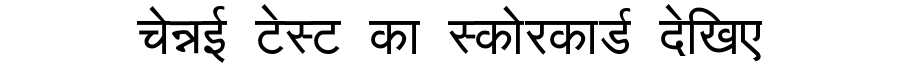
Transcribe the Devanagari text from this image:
चेन्नई टेस्ट का स्कोरकार्ड देखिए